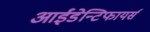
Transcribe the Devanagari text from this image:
आईडेन्टिफायर्स